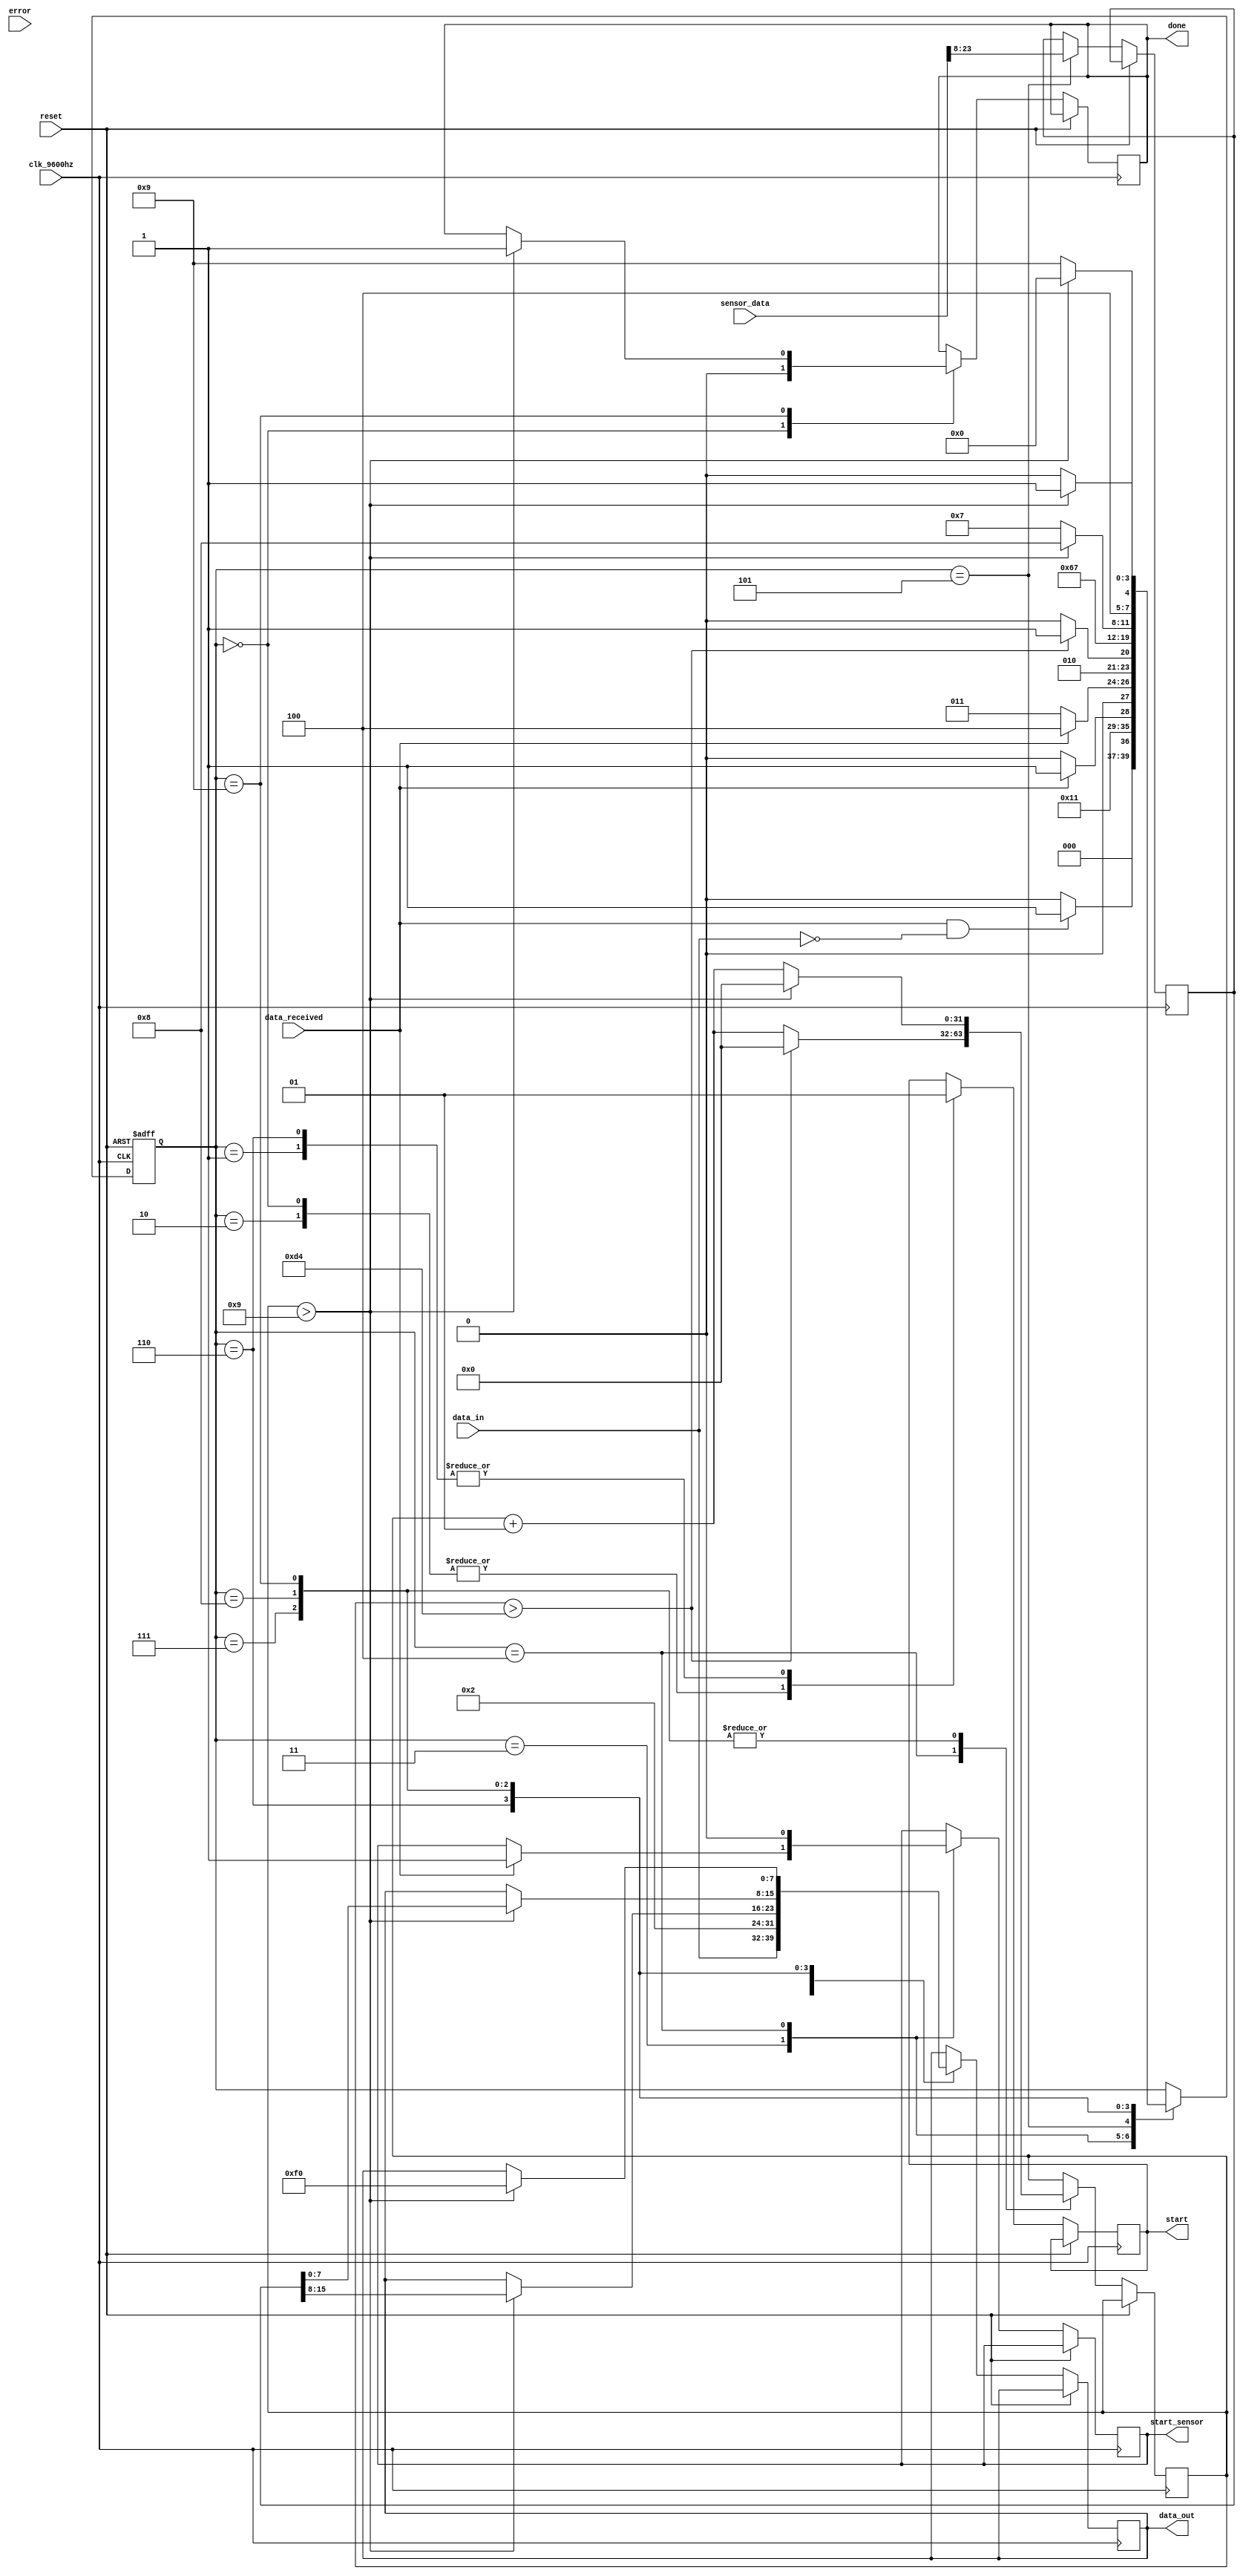
module sensor_controller(start, data_in, data_out, data_received, clk_9600hz, reset, sensor_data, start_sensor, error, done);

//Pin definition
input [0:39]sensor_data;
input data_received, clk_9600hz, reset;
input error;
output start, start_sensor;
output reg done;
reg start, start_sensor;

input [0:7]data_in;
output reg [0:7]data_out;

//Sensor data
reg [0:15]humidity;
reg [0:15]temperature;
reg [0:7]checksum;

integer counter;

reg [0:3]state;
		parameter SLEEP = 0,
					 AWAKE = 1,
					 WAIT_ADDRESS= 2,
					 WAIT_COMMAND = 3,
					 WAIT_SENSOR = 4,
					 STORE_DATA = 5,
					 START_DATA = 6,
					 BYTE_1 = 7,
					 BYTE_2 = 8,
					 END = 9;
					 
					 
reg [0:7]address;
reg [0:7]command;



always @ (posedge clk_9600hz or posedge reset) begin
if (reset)
	state <= SLEEP;
else
	case(state)
		SLEEP:
			begin
				done = 0;
				start <= 1'b0;
				//Aguarda por uma mensagem de inicializao
				if(data_received == 1'b1 && data_in[0:7] == 8'b00000000) 
					state <= AWAKE;
				else
					state <= SLEEP;
			end
		AWAKE:
			begin
				//Responde a inicializao 
				//TODO modificar para estado wait_address
				start <= 1'b1;
				data_out[0:7] <= data_in[0:7];
				state <= WAIT_ADDRESS;
			end
		WAIT_ADDRESS:
			begin
				start <= 1'b0;
				if(data_received) begin
					address[0:7] = data_in[0:7];
					state <= WAIT_COMMAND;
				end else begin
					state <= WAIT_ADDRESS;
				end
			end
		WAIT_COMMAND:
			begin
				if(data_received) begin
					command[0:7] = data_in[0:7];
					start_sensor <= 1'b1;
					state <= WAIT_SENSOR;
				end else begin
					state <= WAIT_COMMAND;
				end
			end
		WAIT_SENSOR:
			begin
				//Espera 22ms pela comunicacao com o sensor.
				start_sensor<=1'b0;
				if(counter > 212)begin
					counter = 0;
					state <= STORE_DATA;
				end else begin
					counter = counter + 1;
					state <= WAIT_SENSOR;
				end
				
			end
		STORE_DATA:
			begin
				//Armazena os dados extraidos dos sensores 
				humidity[0:15] = sensor_data[0:15];
				temperature[0:15] = sensor_data[16:31];
				state<=START_DATA;
			end
		START_DATA:
			begin
				start<=1'b1;
				//if (command == 8'b00000100) begin
				data_out[0:7] = 8'b00000010;
				/*end else if (command == 8'b00000101) begin
					data_out[0:7] = 8'b00000001;
				end else if (command == 8'b00000011 && error == 1'b1) begin
					data_out[0:7] = 8'b00011111;
					state <= END;
				end else begin
					data_out[0:7] = 8'b00000000;
					state <= END;
				end*/
				state <= BYTE_1;
			end
		BYTE_1:
			begin
				if(counter > 9) begin
					//start<=1'b1;
					//if (command == 8'b00000101) begin
					//	data_out[0:7] = humidity[0:7];
					//end else begin
					data_out[0:7] = temperature[0:7];
					//end
					counter = 0;
					state <= BYTE_2;
				end else begin
					//start<=1'b0;
					counter = counter + 1;
					state <= BYTE_1;
				end
			end
		BYTE_2:
			begin
				if(counter > 9) begin
					//start<=1'b1;
					//if (command == 8'b00000101) begin
					//	data_out[0:7] = humidity[8:15];
					//end else begin
					data_out[0:7] = temperature[8:15];
					//end
					counter = 0;
					state <= END;
				end else begin
					//start<=1'b0;
					counter = counter + 1;
					state <= BYTE_2;
				end
			end
		END:
			begin
				if(counter > 9) begin
					//start<=1'b1;
					data_out[0:7] = 8'b11110000;
					counter = 0;
					done = 1;
					state <= SLEEP;
				end else begin
					//start<=1'b0;
					counter = counter + 1;
					state <= END;
				end
			end
	endcase
end
			 
endmodule